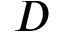
D